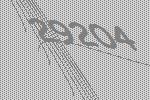
29204